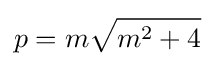
p=m{\sqrt {m^{2}+4}}